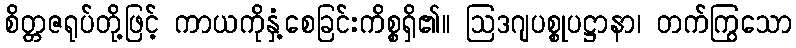
စိတ္တဇရုပ်တို့ဖြင့် ကာယကိုနှံ့စေခြင်းကိစ္စရှိ၏။ ဩဒဂျပစ္စုပဋ္ဌာနာ၊ တက်ကြွသော